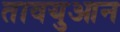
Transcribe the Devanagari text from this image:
तावयुआन